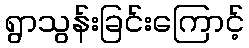
ရွာသွန်းခြင်းကြောင့်